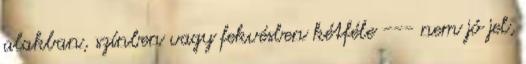
alakban, színben vagy fekvésben kétféle --- nem jó jel,